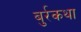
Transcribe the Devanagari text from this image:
बुर्रकथा